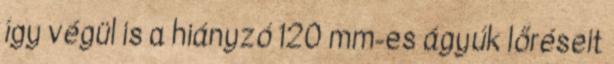
így végül is a hiányzó 120 mm-es ágyúk lőréseit